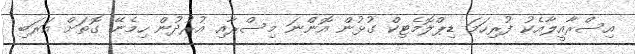
އިސްރާއީލާއެކު ފުރިހަމަ ޑިޕްލޮމެޓިކް ގުޅުން އޮންނަ މިސްރާއި އުރުދުން ހިމެނޭ ގޮތަށް އަރަބި